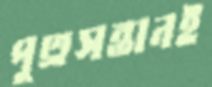
পুত্রসন্তানই